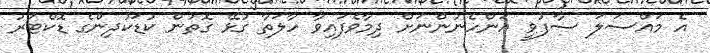
އެ މައްސަލަ ސާފުވީ އަންހެނުންނަށް ދިމާވެފައިވާ ހާލަތާ ގުޅޭ ގޮތުން ކުޑަކުދިންގެ ޑޮކްޓަރު